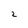
Character: 2